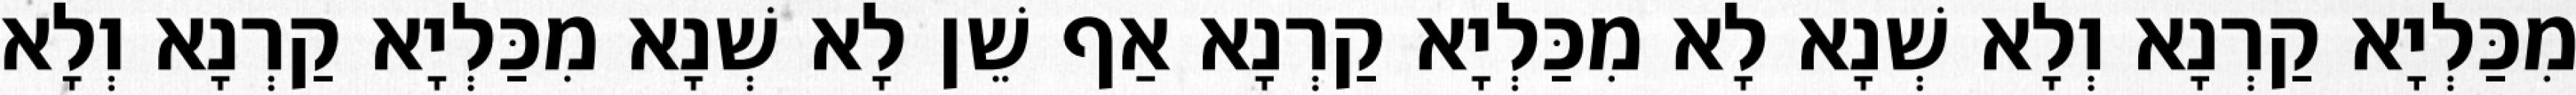
מִכַּלְיָא קַרְנָא וְלָא שְׁנָא לָא מִכַּלְיָא קַרְנָא אַף שֵׁן לָא שְׁנָא מִכַּלְיָא קַרְנָא וְלָא